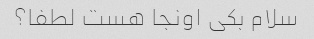
سلام بکی اونجا هست لطفا؟